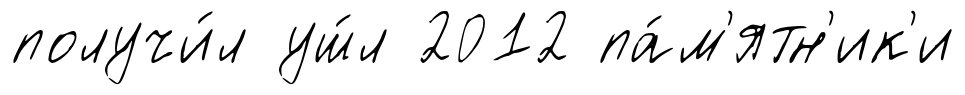
получи́л уш́л 2012 па́м'ятн'ик'и